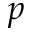
p